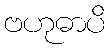
ဗဟုဓာပိ